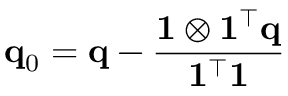
\mathbf { q } _ { 0 } = \mathbf { q } - \frac { \mathbf { 1 } \otimes \mathbf { 1 } ^ { \top } \mathbf { q } } { \mathbf { 1 } ^ { \top } \mathbf { 1 } }